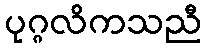
ပုဂ္ဂလိကသညီ